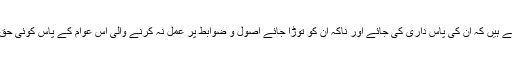
اس عوام سے التماس ہے کہ اصول وضوابط اس لیے بنائے جاتے ہیں کہ اُن کی پاس داری کی جائے اور ناکہ اُن کو توڑا جائے اصول و ضوابط پر عمل نہ کرنے والی اس عوام کے پاس کوئی حق نہیں ہے کہ وہ حکومت کی کارکردگی پر سوالیہ نشان اُٹھائے۔